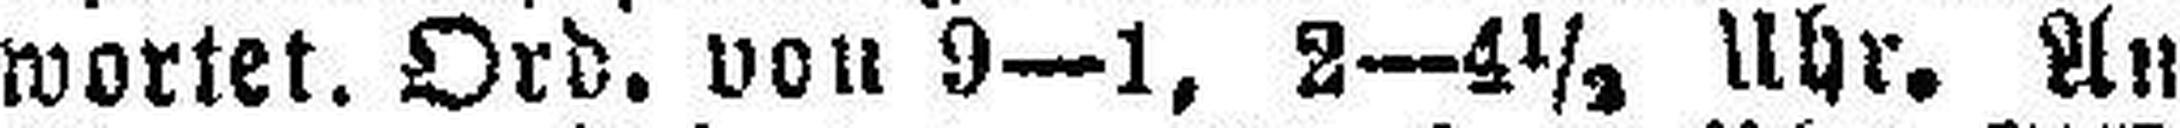
wortet. Ord. von 9—1, 2—4½ Uhr. An